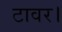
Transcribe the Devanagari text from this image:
टावर।